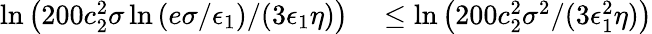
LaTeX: \begin{array}{rl}{\ln\left(200c_{2}^{2}\sigma\ln\left(e\sigma/\epsilon_{1}\right)/(3\epsilon_{1}\eta)\right)}&{{}\le\ln\left(200c_{2}^{2}\sigma^{2}/(3\epsilon_{1}^{2}\eta)\right)}\end{array}